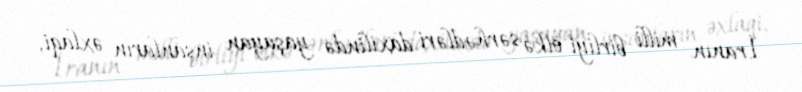
İranın milli birliyi ölkə sərhədləri daxilində yaşayan insanların əxlaqi,